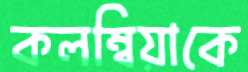
কলম্বিয়াকে